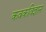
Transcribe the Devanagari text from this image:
कवकविज्ञान